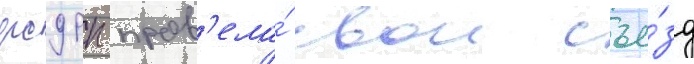
рсдрп пров'ела́ свои съе́зд